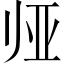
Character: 𱍰